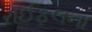
રાઈફલના